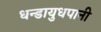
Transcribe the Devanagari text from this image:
धन्डायुधपानी